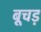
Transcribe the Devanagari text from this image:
बूचड़